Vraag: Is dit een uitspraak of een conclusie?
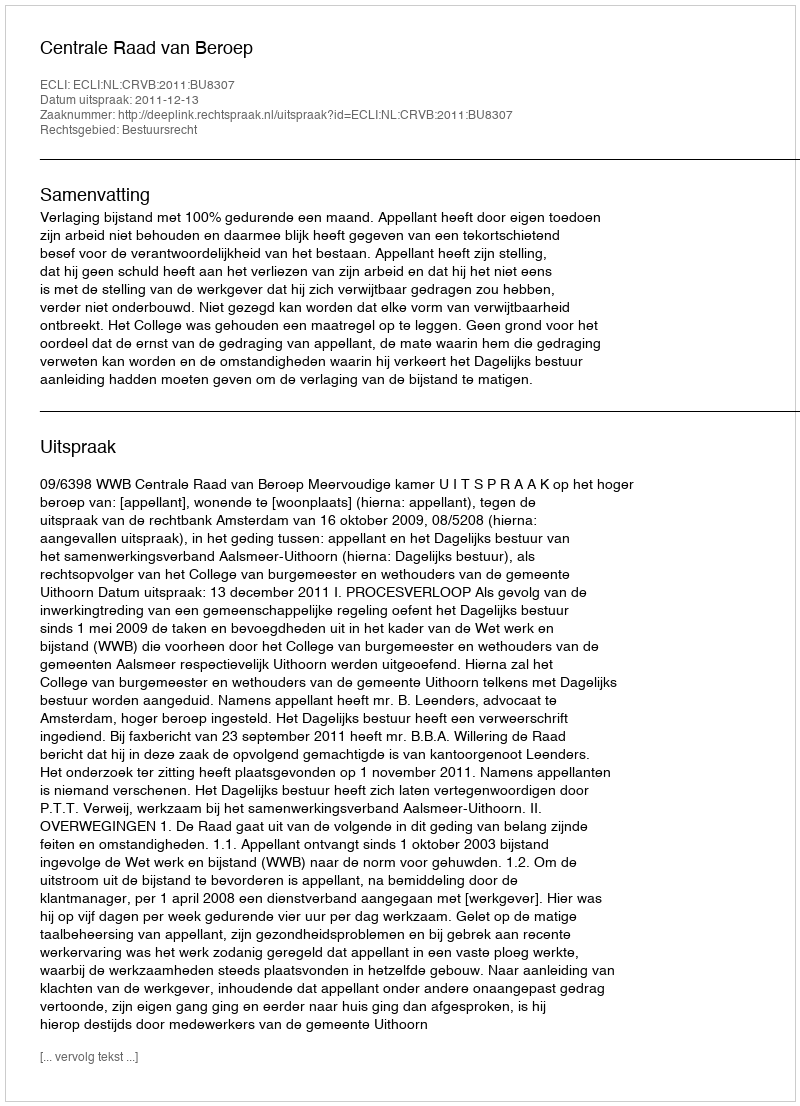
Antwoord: Uitspraak